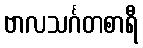
ဗာလသင်္ဂတစာရီ